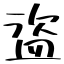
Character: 盜